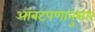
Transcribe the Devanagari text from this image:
आंबटपणानुसार